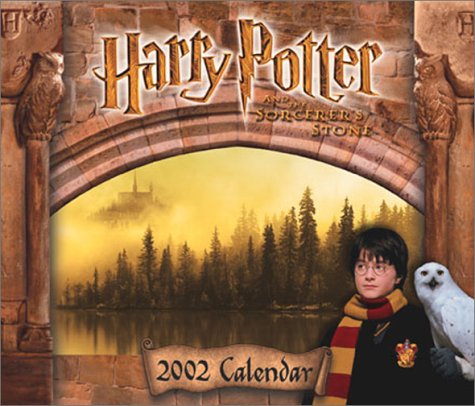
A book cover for Harry Potter Movie 2002 Day-To-Day Calendar; Calendars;